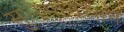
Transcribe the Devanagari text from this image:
सुलेमानखान